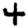
Digit: 4